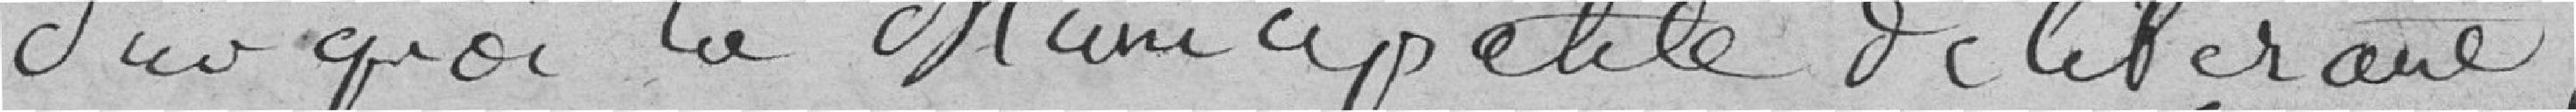
Sur quoi la Municipalité délibérant,